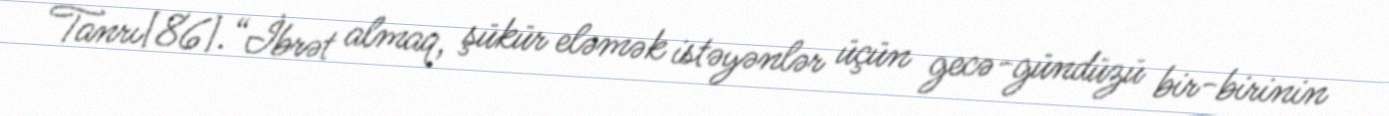
Tanrı[86].“İbrət almaq, şükür eləmək istəyənlər üçün gecə-gündüzü bir-birinin